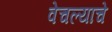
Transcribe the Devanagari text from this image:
वेचल्याचे